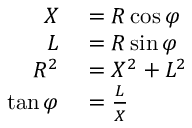
\scriptstyle { \begin{array} { r l } { X } & { { } = R \cos \varphi } \\ { L } & { { } = R \sin \varphi } \\ { R ^ { 2 } } & { { } = X ^ { 2 } + L ^ { 2 } } \\ { \tan \varphi } & { { } = { \frac { L } { X } } } \end{array} }